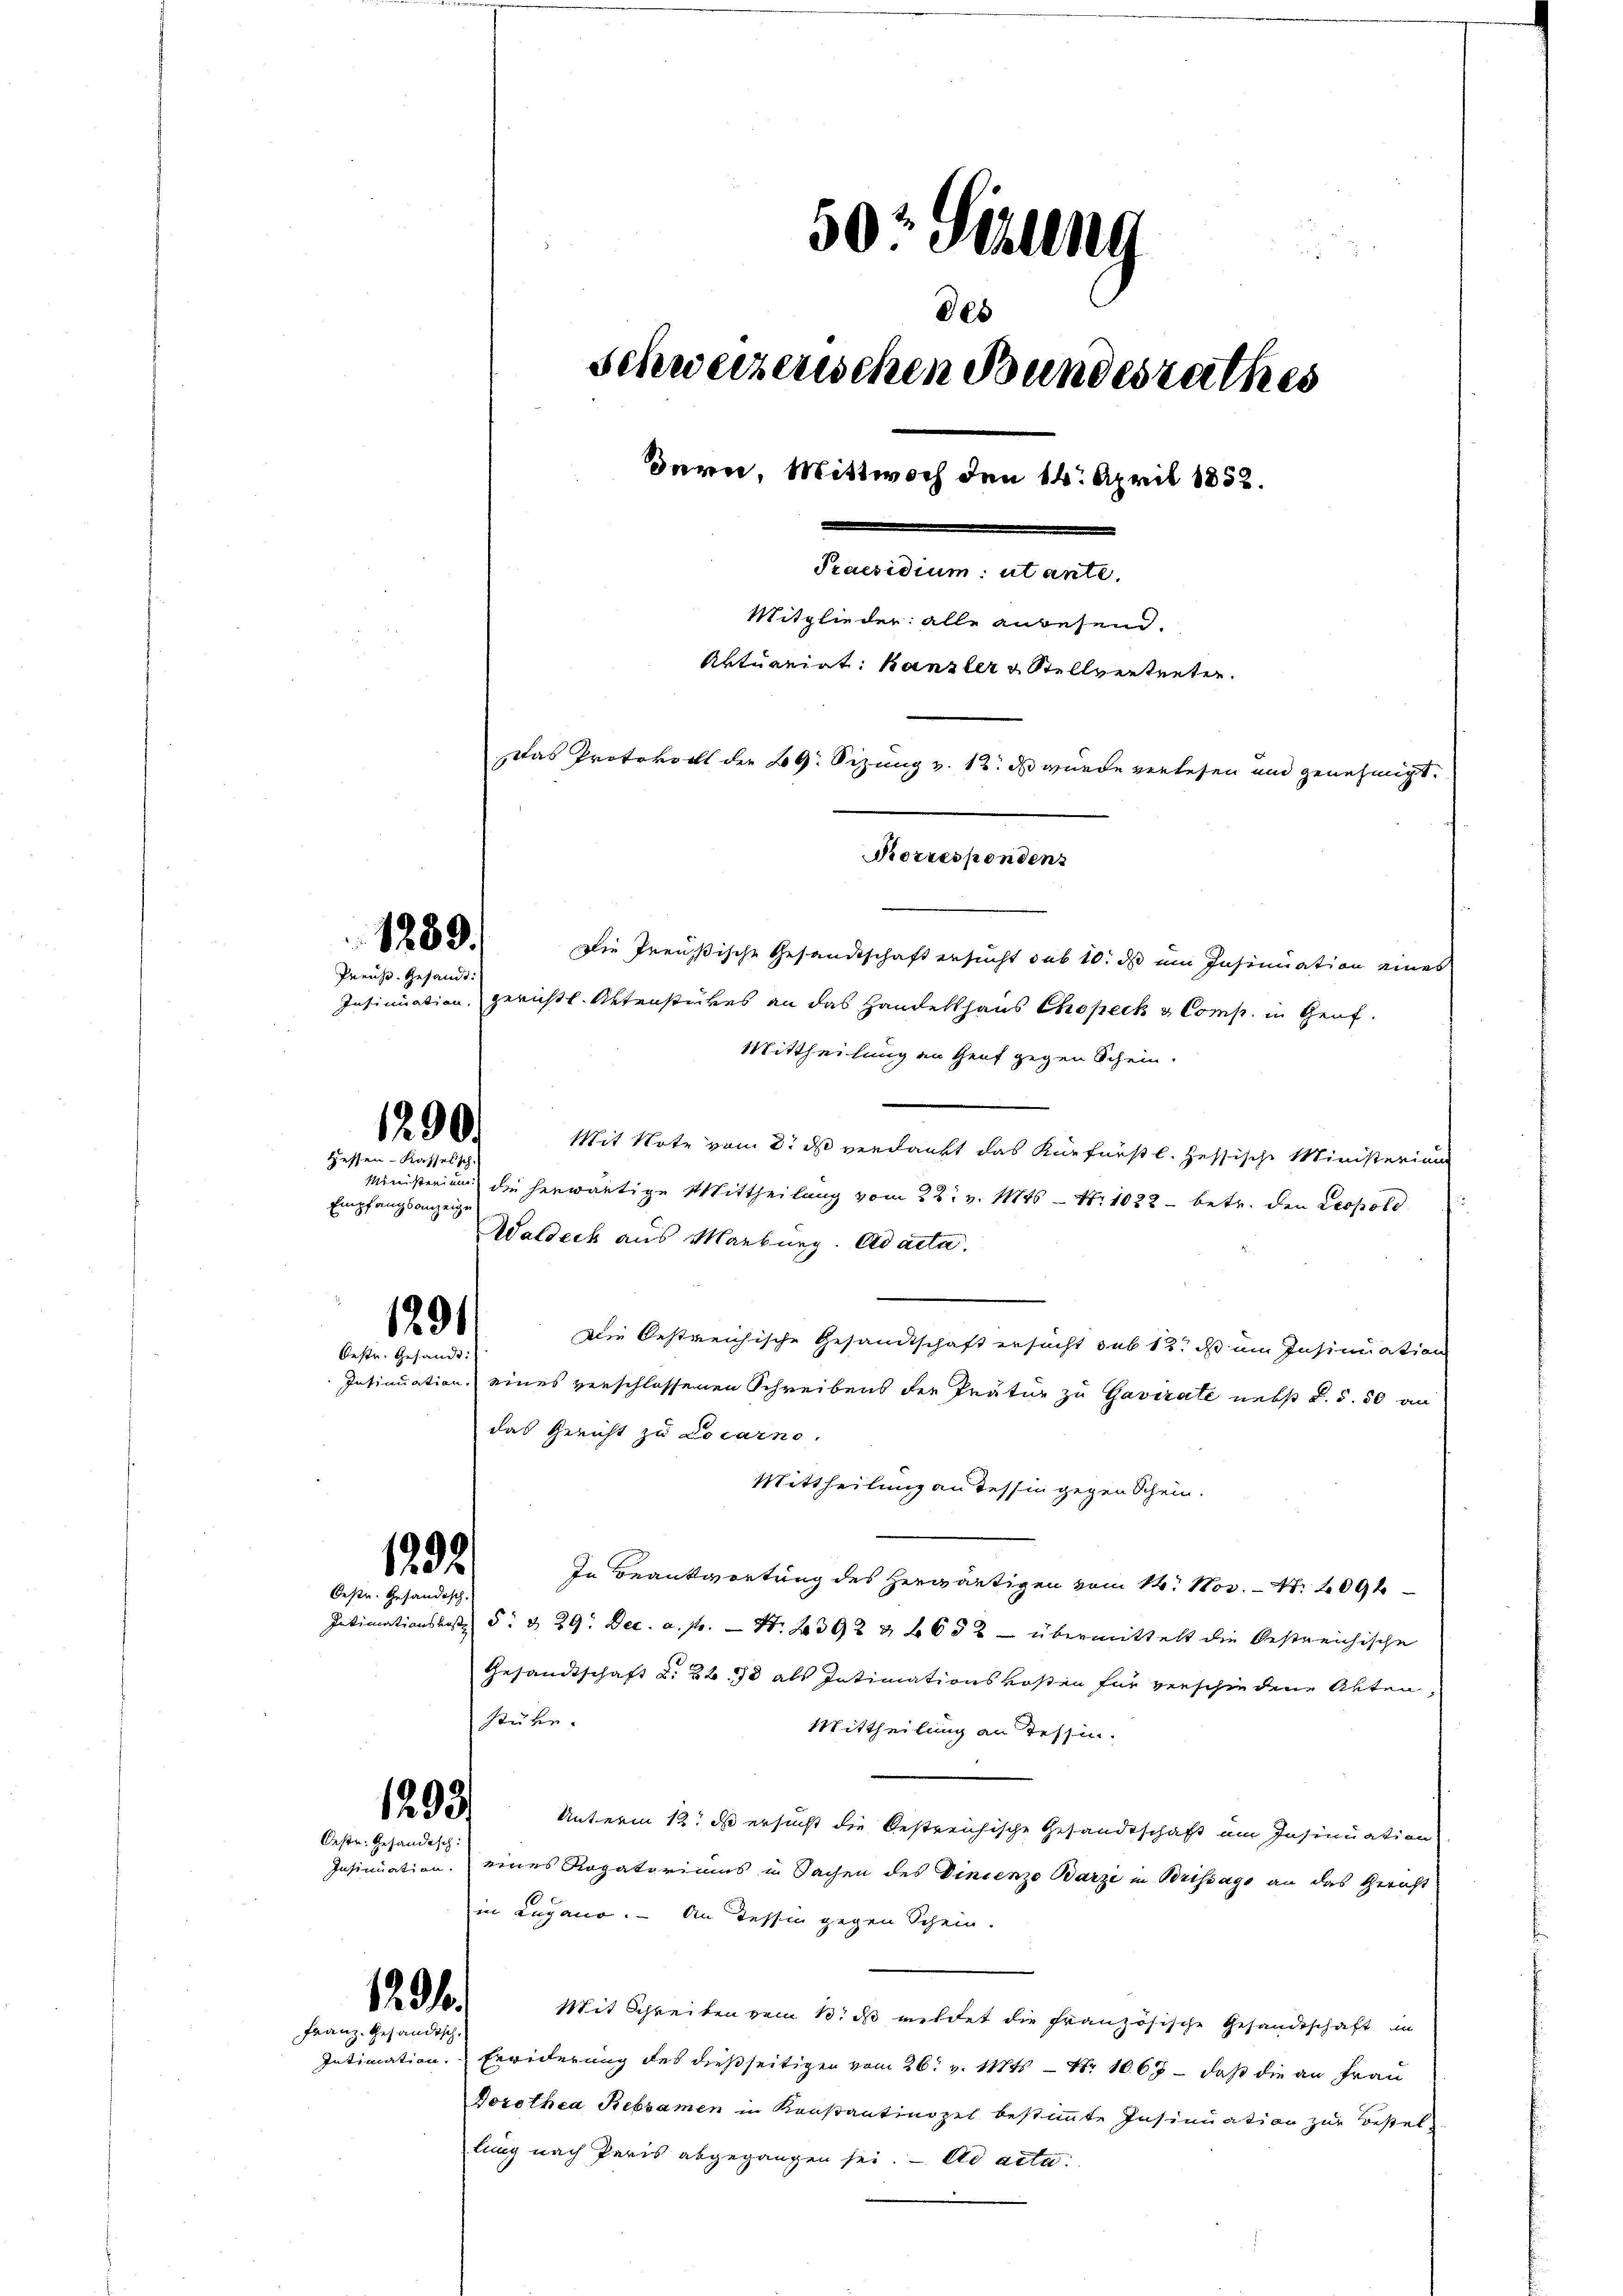
Preuß. Gesandt.

Empfangsanzeige

1239.

1290.
Hessen-Kasselsch.

1291
Oestr. Gesandt.

1292/
Oestr. Gesändisch

1203.
Oeste. Gehändisch

1296.
Franz. Gesandtsch

50. Stall
des
Schweizerischen Bundesrathes
Bern, Mittwoch den 14. April 1852.
Praesidium utante.
Mitglieder alle anbesein.
Aktuariat: Kanzler & Stellvertreten.
ddas Protokoll der 29. Sizung v. 12. d wurde verlesen und genehmigt.
Korrespondens

Die Preußische Gesandtschaft ersucht sub 10. ds um Insinuation eines
Insinuation, gerichtl. Aktenstückes an das Handelshaus Chopeck & Comp. in Graf.
Mittheilung an Genf gegen Schein.
Mit Note vom 2. ds verdankt das Kurfürstl. Hessische Ministerium
Ministerium die herwärtige Mittheilung vom 22. v. Mts. — N. 1022 - betr. den Leopold
Waldech aus Marburg. Ad acta.
Die Oestreichische Gesandtschaft ersucht sub 12. ds um Insinuation
Insinuation eines verschlossenen Schreibens der Prätur zu Gavirate nebst d. 5. 50 an
das Gericht zu Locarno.
Mittheilung an dessin gegen Schein.
In Beantwortung des Herwärtigen vom 14. Nov. 1. 2091
Intimationskosten 5. & 29. Dec. a. pr. — Nr. 1392 & 4052 - übermittelt die bestreichische
Gesandtschaft d. 2t. d als Intimationskosten für verschiedene Akten,
stube.
Mittheilung an Tessin.
Unterm 12. ds ersucht die bestreichische Gesandtschaft am Insinuation
Insinuation eines Rogatoriums in Sachen des Vinienzo Barzi in Brissage an das Gericht
in Lugano. An Tessin gegen Schein.
Mit Schreiben vom 13. ds wildet die französische Gesandtschaft in
Intimation. Erwiderung des dießseitigen vom 26t v. Mts. — Nr. 1067 – daß die an Frau
Dorothea Rebsamen in Konstantinopel bestimmte Insinuation zur Bestellung nach Paris abgegangen sei. Ad acta